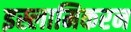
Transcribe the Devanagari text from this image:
इस्लामिकरन